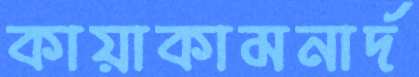
কায়াকামনার্দ